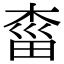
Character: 𣓩